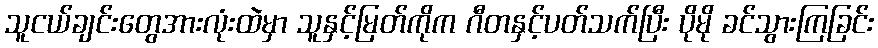
သူငယ်ချင်းတွေအားလုံးထဲမှာ သူနှင့်မြတ်ကိုက ဂီတနှင့်ပတ်သက်ပြီး ပိုမို ခင်သွားကြခြင်း